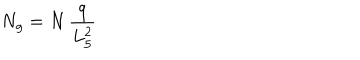
N _ { g } = N \, { \frac { q } { L _ { 5 } ^ { 2 } } }